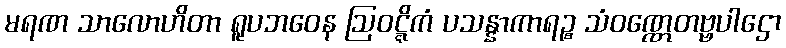
မရဏ သာလောဟိတာ ရူပဘဝေန ဩဝဋ္ဋိကံ ပသန္နာကာရဉ္စ သံဝဏ္ဏေတဗ္ဗပါဌော